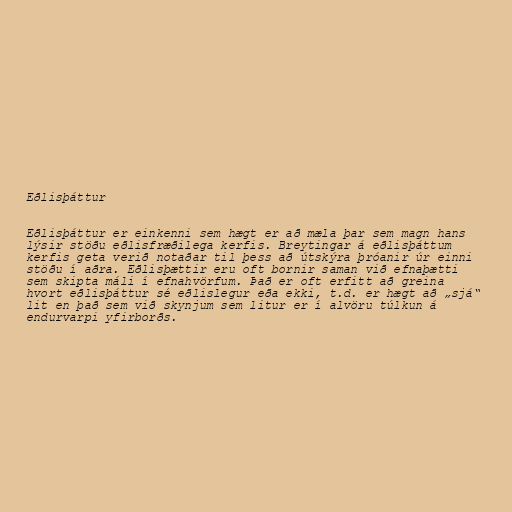
Eðlisþáttur

Eðlisþáttur er einkenni sem hægt er að mæla þar sem magn hans
lýsir stöðu eðlisfræðilega kerfis. Breytingar á eðlisþáttum
kerfis geta verið notaðar til þess að útskýra þróanir úr einni
stöðu í aðra. Eðlisþættir eru oft bornir saman við efnaþætti
sem skipta máli í efnahvörfum. Það er oft erfitt að greina
hvort eðlisþáttur sé eðlislegur eða ekki, t.d. er hægt að „sjá“
lit en það sem við skynjum sem litur er í alvöru túlkun á
endurvarpi yfirborðs.